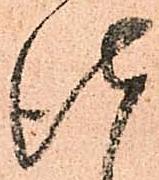
仕